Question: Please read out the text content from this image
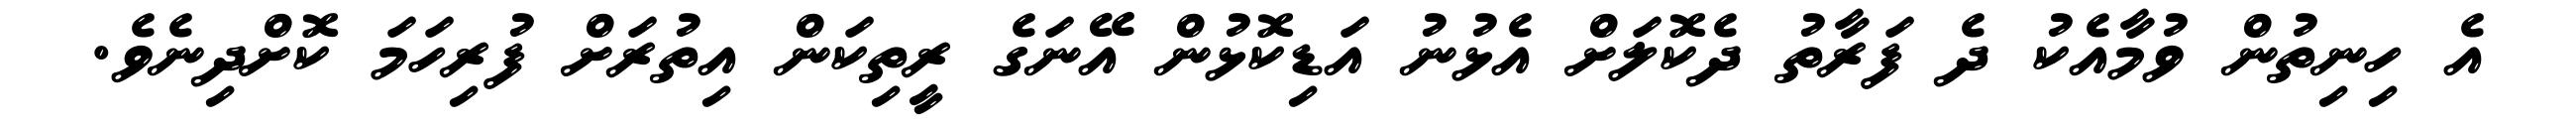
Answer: އެ ހިނިތުން ވުމާއެކު ދެ ފަރާތު ދެކޮލަށް އެޅުނު އަޑިކޮޅުން އޭނަގެ ރީތިކަން އިތުރަށް ފުރިހަމަ ކޮށްދިނެވެ.